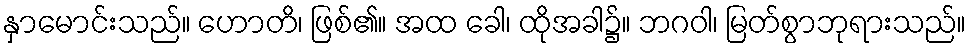
နှာမောင်းသည်။ ဟောတိ၊ ဖြစ်၏။ အထ ခေါ၊ ထိုအခါ၌။ ဘဂဝါ၊ မြတ်စွာဘုရားသည်။